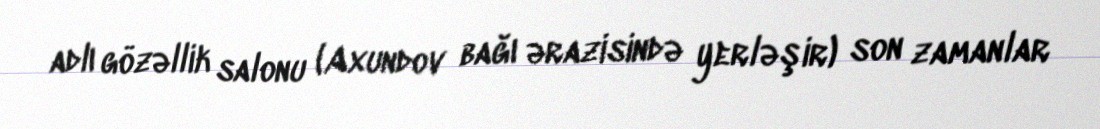
adlı gözəllik salonu (Axundov bağı ərazisində yerləşir) son zamanlar